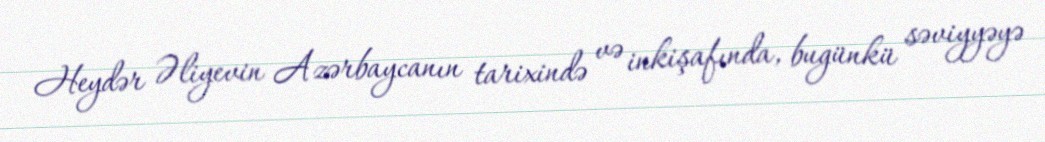
Heydər Əliyevin Azərbaycanın tarixində və inkişafında, bugünkü səviyyəyə